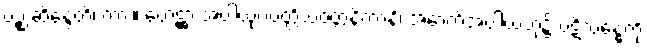
ပဉ္စ ဆိန္ဒေတိ၊ ကား။ ဟေဋ္ဌာ အပါယုပပတ္တိသံဝတ္တနိကာနိ၊ အောက်အပါယ်ဘုံ၌ ပဋိသန္ဓေကို